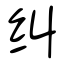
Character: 纠